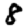
Digit: 8